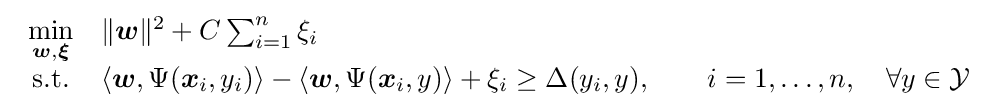
{\begin{array}{cl}{\underset {{\boldsymbol {w}},{\boldsymbol {\xi }}}{\min }}&\|{\boldsymbol {w}}\|^{2}+C\sum _{i=1}^{n}\xi _{i}\\{\textrm {s.t.}}&\langle {\boldsymbol {w}},\Psi ({\boldsymbol {x}}_{i},y_{i})\rangle -\langle {\boldsymbol {w}},\Psi ({\boldsymbol {x}}_{i},y)\rangle +\xi _{i}\geq \Delta (y_{i},y),\qquad i=1,\dots ,n,\quad \forall y\in {\mathcal {Y}}\end{array}}